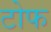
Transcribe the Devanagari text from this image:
टोफ